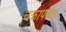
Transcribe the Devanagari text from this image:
चक्रापर्यंत